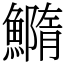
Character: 䲊